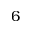
6